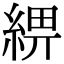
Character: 綥